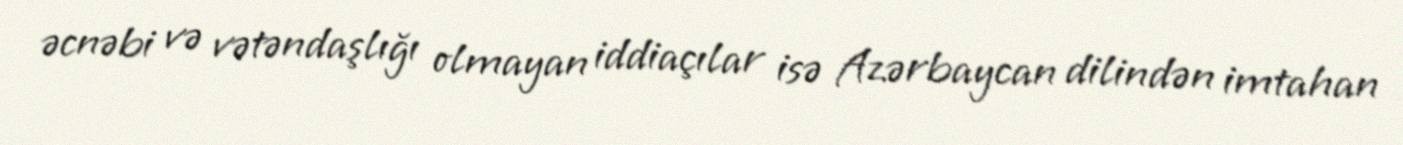
əcnəbi və vətəndaşlığı olmayan iddiaçılar isə Azərbaycan dilindən imtahan